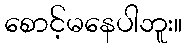
စောင့်မနေပါဘူး။